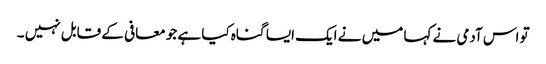
تو اس آدمی نے کہا میں نے ایک ایسا گناہ کیا ہے جو معافی کے قابل نہیں ۔